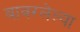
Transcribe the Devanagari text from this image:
बावरलेल्या